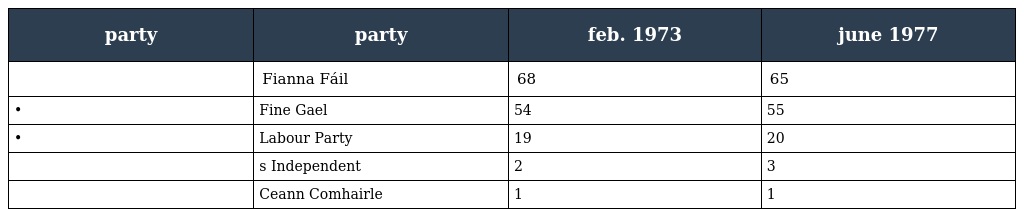
| party | party | feb. 1973 | june 1977 |
 | --- | --- | --- | --- |
 |  | Fianna Fáil | 68 | 65 |
 | • | Fine Gael | 54 | 55 |
 | • | Labour Party | 19 | 20 |
 |  | s Independent | 2 | 3 |
 |  | Ceann Comhairle | 1 | 1 |